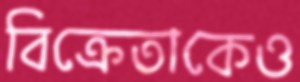
বিক্রেতাকেও